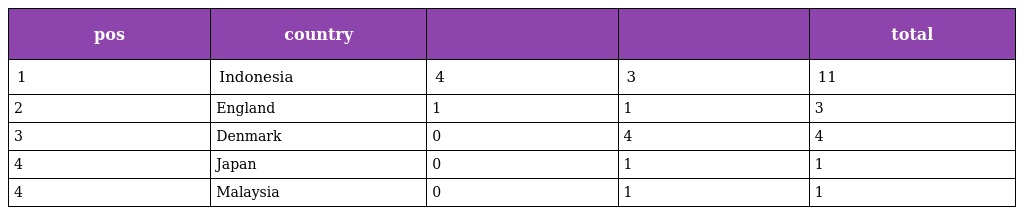
| pos | country |  |  | total |
 | --- | --- | --- | --- | --- |
 | 1 | Indonesia | 4 | 3 | 11 |
 | 2 | England | 1 | 1 | 3 |
 | 3 | Denmark | 0 | 4 | 4 |
 | 4 | Japan | 0 | 1 | 1 |
 | 4 | Malaysia | 0 | 1 | 1 |